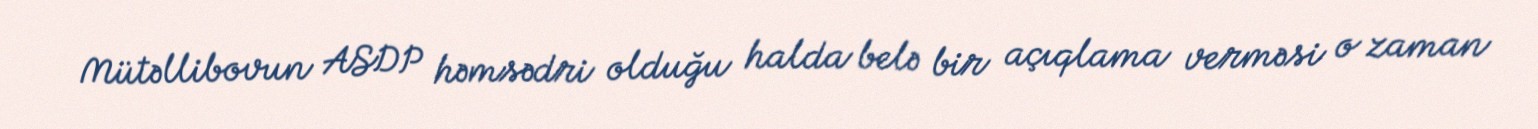
Mütəllibovun ASDP həmsədri olduğu halda belə bir açıqlama verməsi o zaman